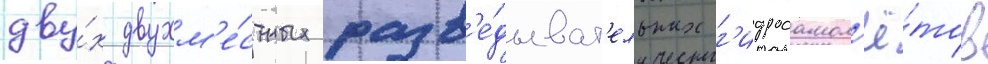
дву́х двухм'е́стных разв'е́дыват'ельных г'идросамол'ё́тов